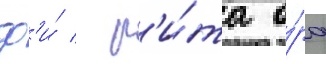
ф'и́ / р'и́та о́ра